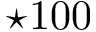
\star 1 0 0